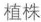
植株